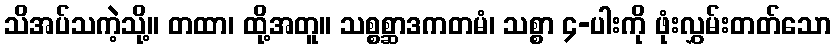
သိအပ်သကဲ့သို့။ တထာ၊ ထို့အတူ။ သစ္စစ္ဆာဒကတမံ၊ သစ္စာ ၄-ပါးကို ဖုံးလွှမ်းတတ်သော